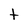
Character: t